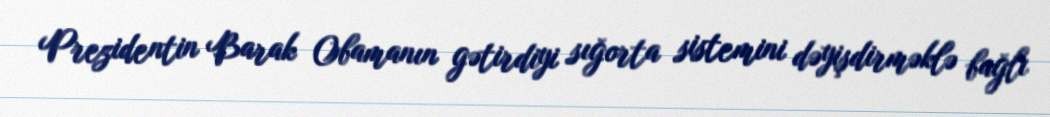
Prezidentin Barak Obamanın gətirdiyi sığorta sistemini dəyişdirməklə bağlı